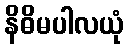
နိဓိမပါလယုံ